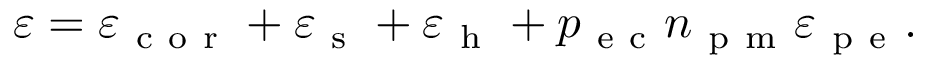
\varepsilon = \varepsilon _ { \mathrm { ~ c ~ o ~ r ~ } } + \varepsilon _ { \mathrm { ~ s ~ } } + \varepsilon _ { \mathrm { ~ h ~ } } + p _ { \mathrm { ~ e ~ c ~ } } n _ { \mathrm { ~ p ~ m ~ } } \varepsilon _ { \mathrm { ~ p ~ e ~ } } .